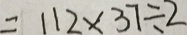
= 1 1 2 \times 3 7 \div 2